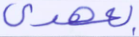
بعهدي